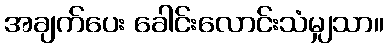
အချက်ပေး ခေါင်းလောင်းသံမျှသာ။